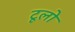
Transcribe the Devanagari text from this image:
टूलो